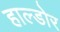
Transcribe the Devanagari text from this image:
हाल्डोर